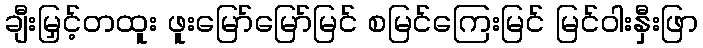
ချီးမြှင့်တထူး ဖူးမြော်မြော်မြင် စမြင်ကြေးမြင် မြင်ဝါးနှီးဖြာ